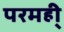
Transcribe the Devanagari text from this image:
परमही्